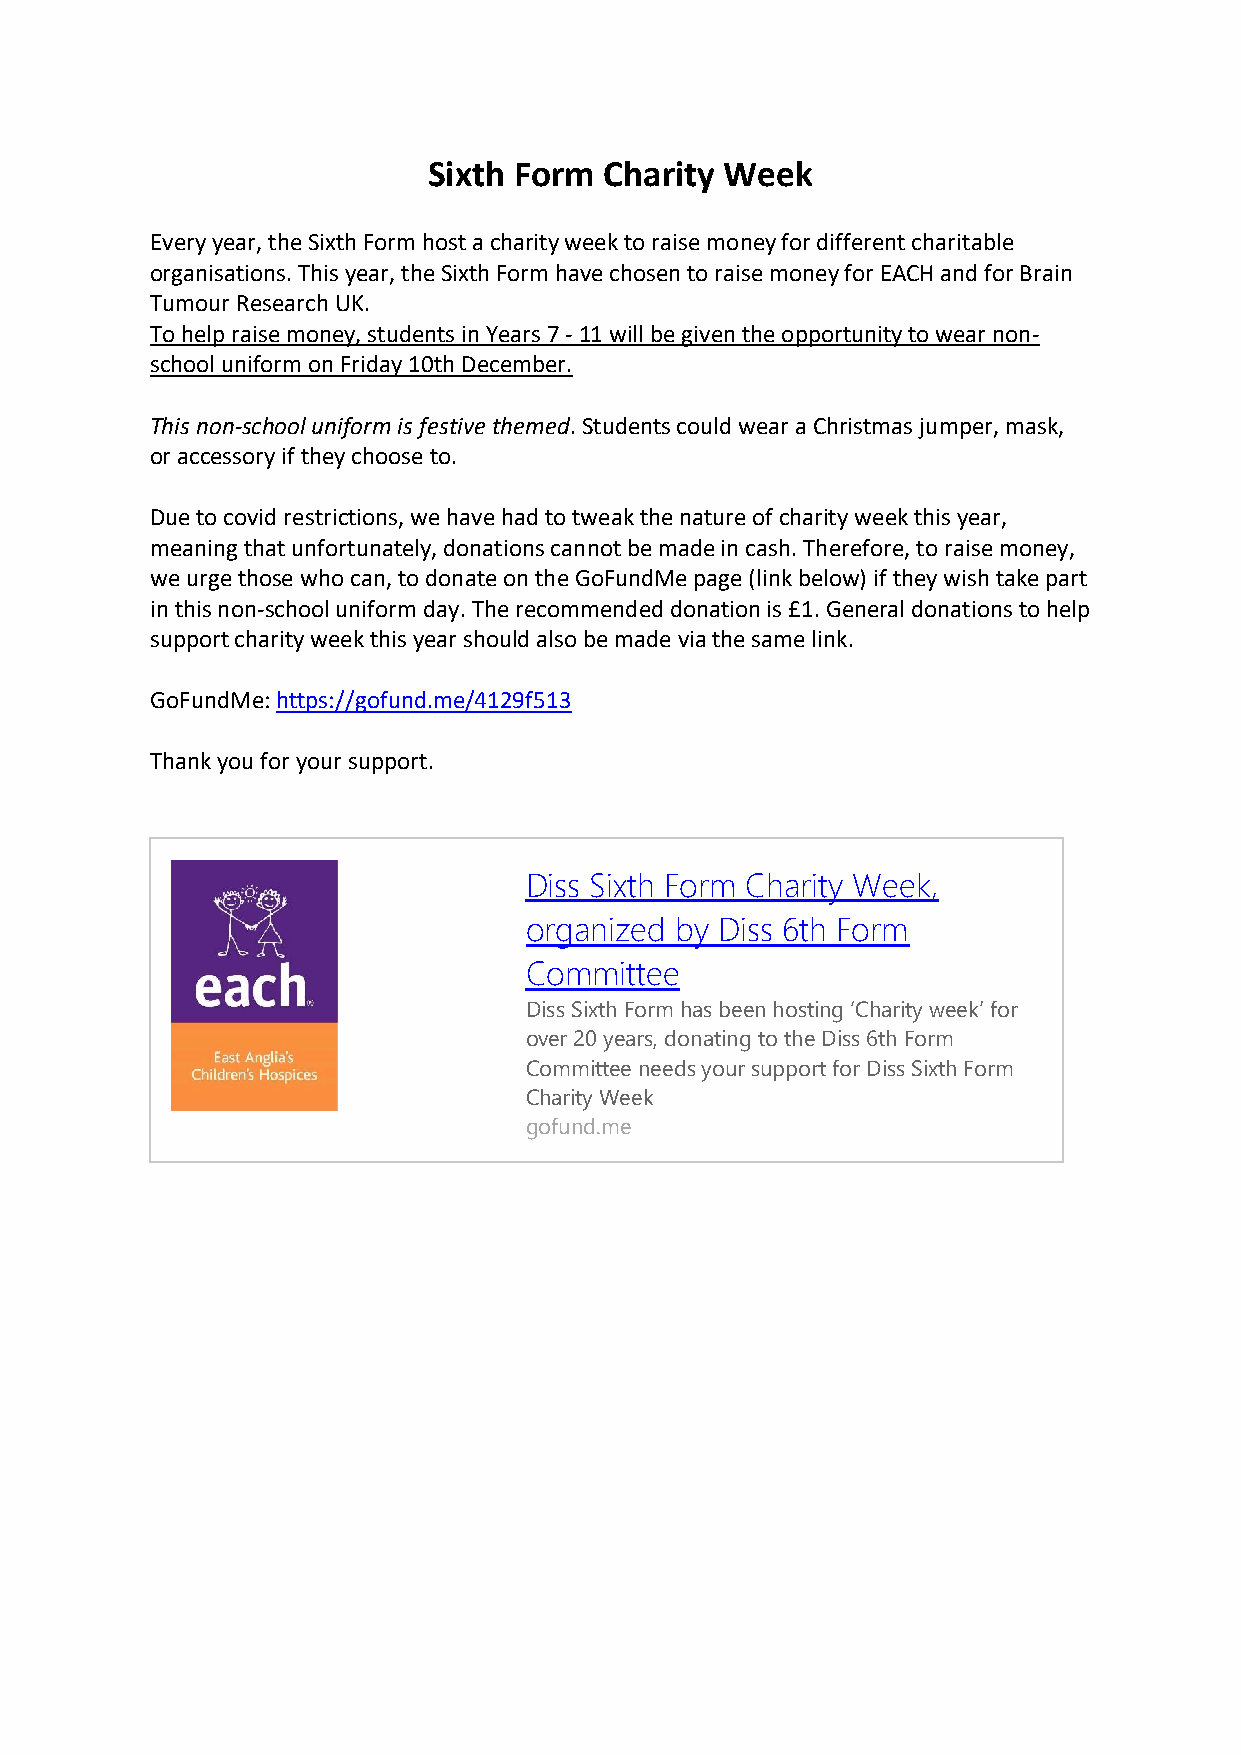
Sixth Form  Charity Week
 Every year, the Sixth Form host a charity week to raise money for different charitable
 organisations. This year, the Sixth Form have chosen to raise money for EACH and for Brain
 Tumour Research UK.
 To help raise money, students in Years 7 - 11 will be given the opportunity to wear non-
 school uniform on Friday 10th December.
 This non-school uniform is festive themed. Students could wear a Christmas jumper, mask,
 or accessory if they choose to.
 Due to covid restrictions, we have had to tweak the nature of charity week this year,
 meaning that unfortunately, donations cannot be made in cash. Therefore, to raise money,
 we urge those who can, to donate on the GoFundMe page (link below) if they wish take part
 in this non-school uniform day. The recommended donation is £1. General donations to help
 support charity week this year should also be made via the same link.
 GoFundMe: https://gofund.me/4129f513
 Thank you for your support.
 Diss Sixth Form Charity Week,
 organized by Diss 6th Form
 Committee
 Diss Sixth Form has been hosting ‘Charity week’ for
 over 20 years, donating to the Diss 6th Form
 Committee needs your support for Diss Sixth Form
 Charity Week
 gofund.me